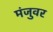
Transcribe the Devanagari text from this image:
मंजुवर